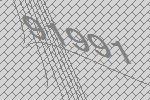
91991